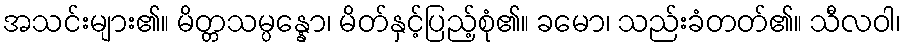
အသင်းများ၏။ မိတ္တသမ္ပန္နော၊ မိတ်နှင့်ပြည့်စုံ၏။ ခမော၊ သည်းခံတတ်၏။ သီလဝါ၊